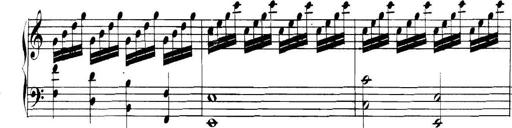
Title: Collected Piano Sonatas
Composer: Muzio Clementi